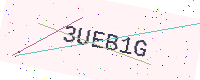
Text: 3UEB1G